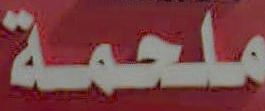
ملحمة